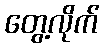
တွေ့လိုက်